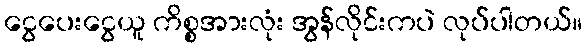
ငွေပေးငွေယူ ကိစ္စအားလုံး အွန်လိုင်းကပဲ လုပ်ပါတယ်။